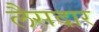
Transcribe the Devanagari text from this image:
लैसदार